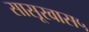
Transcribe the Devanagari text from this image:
सासूरवास५